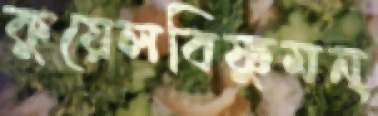
কুয়েলবিষ্ণুমন্